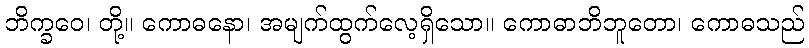
ဘိက္ခဝေ၊ တို့။ ကောဓနော၊ အမျက်ထွက်လေ့ရှိသော။ ကောဓာဘိဘူတော၊ ကောဓသည်